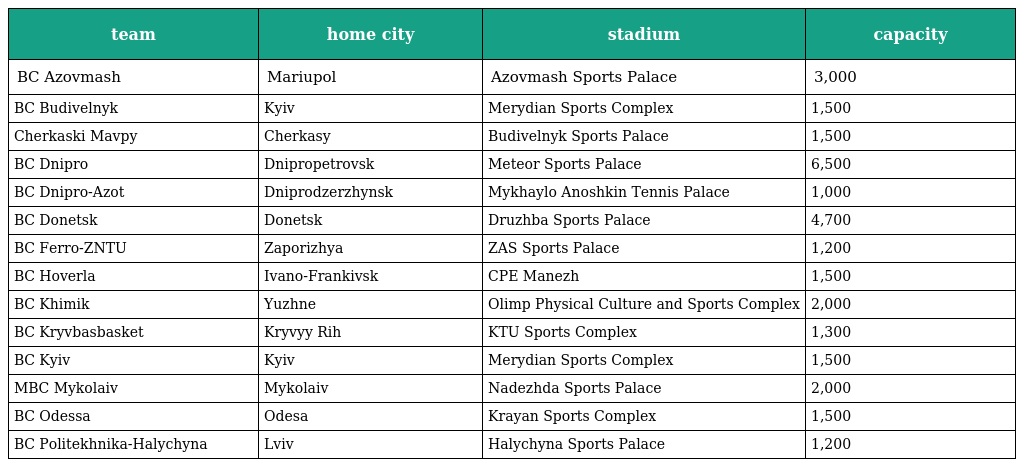
| team | home city | stadium | capacity |
 | --- | --- | --- | --- |
 | BC Azovmash | Mariupol | Azovmash Sports Palace | 3,000 |
 | BC Budivelnyk | Kyiv | Merydian Sports Complex | 1,500 |
 | Cherkaski Mavpy | Cherkasy | Budivelnyk Sports Palace | 1,500 |
 | BC Dnipro | Dnipropetrovsk | Meteor Sports Palace | 6,500 |
 | BC Dnipro-Azot | Dniprodzerzhynsk | Mykhaylo Anoshkin Tennis Palace | 1,000 |
 | BC Donetsk | Donetsk | Druzhba Sports Palace | 4,700 |
 | BC Ferro-ZNTU | Zaporizhya | ZAS Sports Palace | 1,200 |
 | BC Hoverla | Ivano-Frankivsk | CPE Manezh | 1,500 |
 | BC Khimik | Yuzhne | Olimp Physical Culture and Sports Complex | 2,000 |
 | BC Kryvbasbasket | Kryvyy Rih | KTU Sports Complex | 1,300 |
 | BC Kyiv | Kyiv | Merydian Sports Complex | 1,500 |
 | MBC Mykolaiv | Mykolaiv | Nadezhda Sports Palace | 2,000 |
 | BC Odessa | Odesa | Krayan Sports Complex | 1,500 |
 | BC Politekhnika-Halychyna | Lviv | Halychyna Sports Palace | 1,200 |